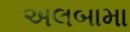
અલબામા